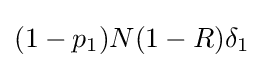
(1-p_{1})N(1-R)\delta _{1}